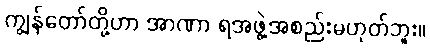
ကျွန်တော်တို့ဟာ အာဏာ ရအဖွဲ့အစည်းမဟုတ်ဘူး။